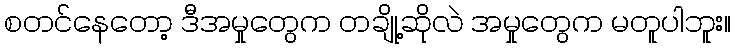
စတင်နေတော့ ဒီအမှုတွေက တချို့ဆိုလဲ အမှုတွေက မတူပါဘူး။